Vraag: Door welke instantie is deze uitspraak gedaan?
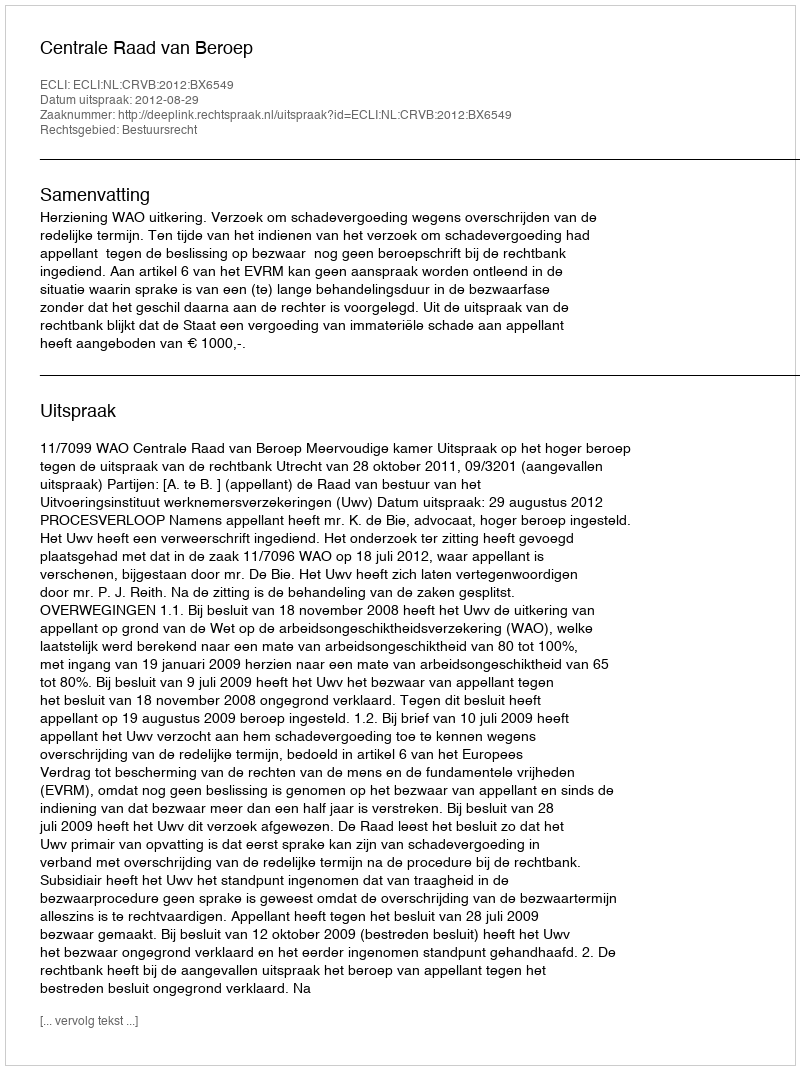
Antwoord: Centrale Raad van Beroep